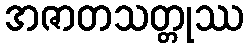
အဇာတသတ္တုဿ